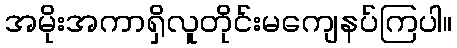
အမိုးအကာရှိလူတိုင်းမကျေနပ်ကြပါ။